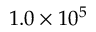
1 . 0 \times 1 0 ^ { 5 }